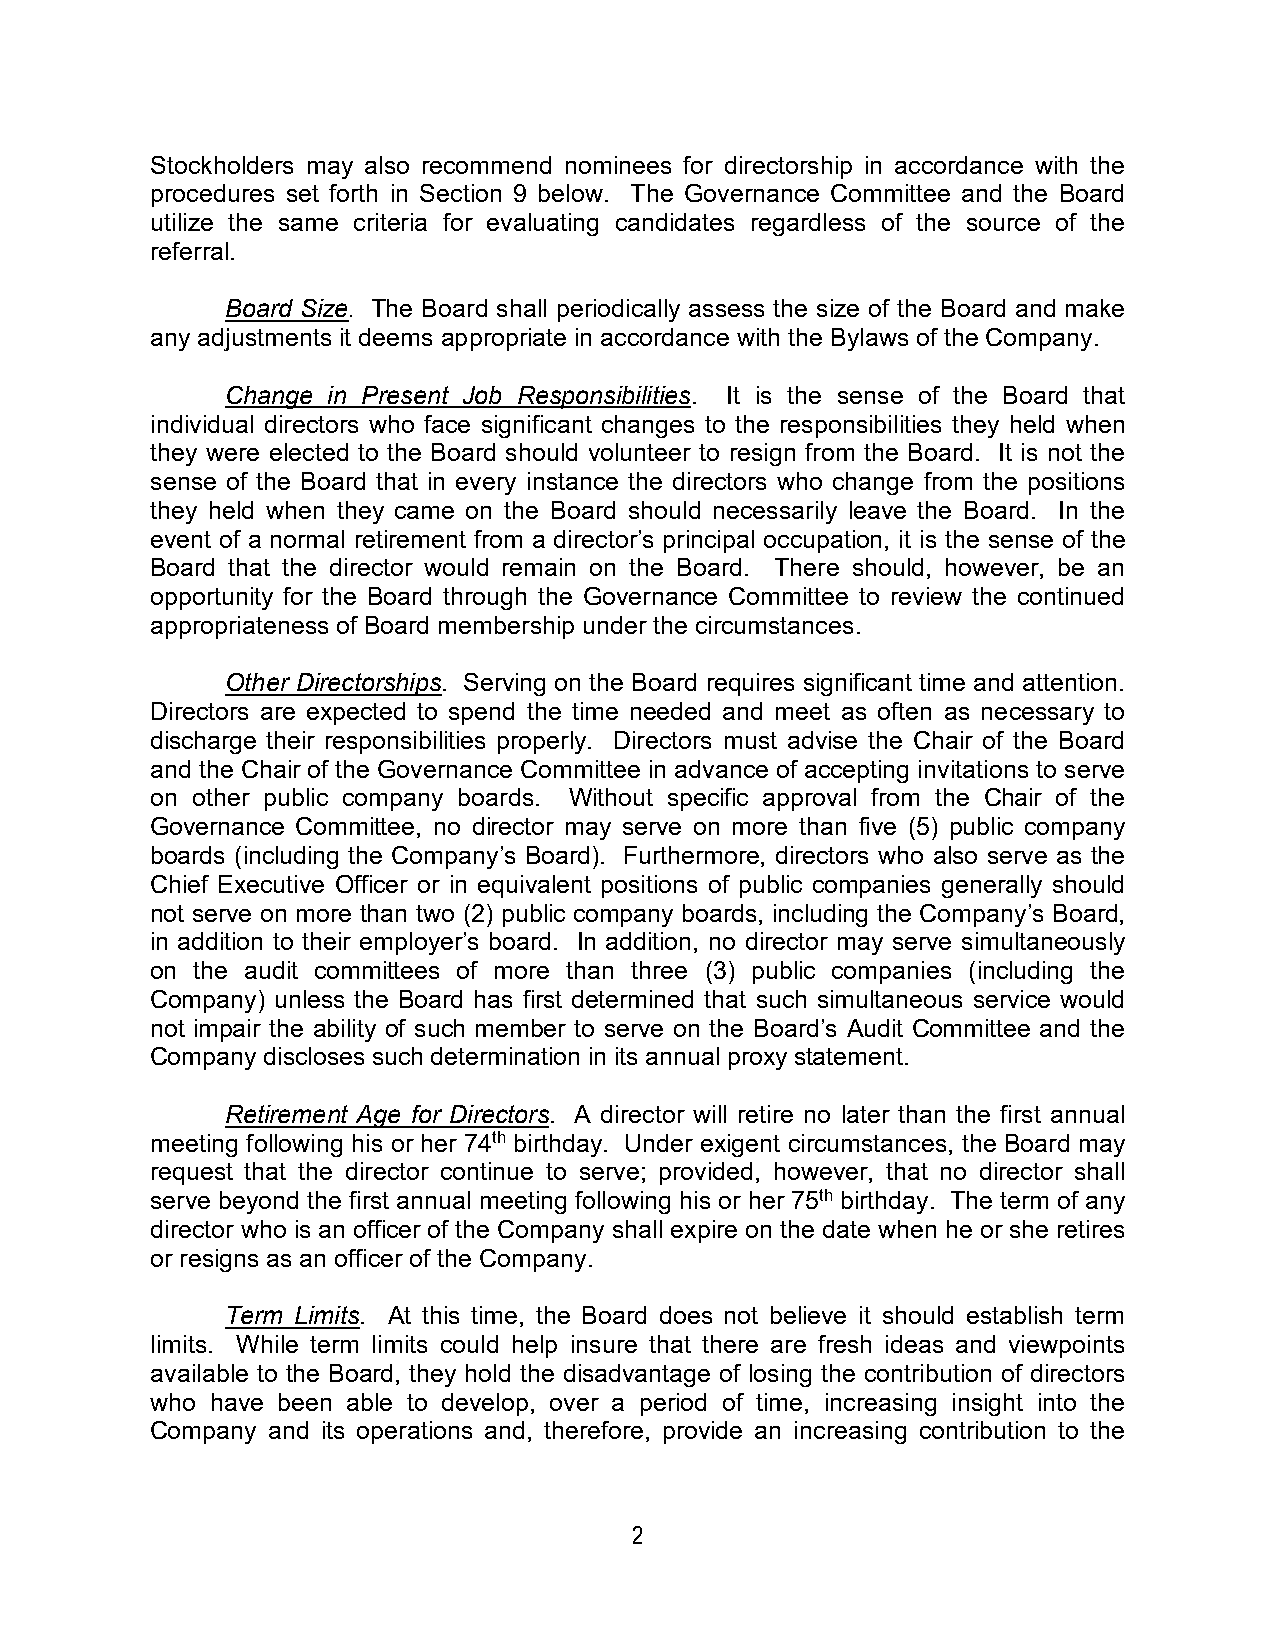
Stockholders may also recommend nominees for directorship in accordance with the
 procedures set forth in Section 9 below. The Governance Committee and the Board
 utilize the same criteria for evaluating candidates regardless of the source of the
 referral.
 Board Size. The Board shall periodically assess the size of the Board and make
 any adjustments it deems appropriate in accordance with the Bylaws of the Company.
 Change in Present Job Responsibilities. It is the sense of the Board that
 individual directors who face significant changes to the responsibilities they held when
 they were elected to the Board should volunteer to resign from the Board. It is not the
 sense of the Board that in every instance the directors who change from the positions
 they held when they came on the Board should necessarily leave the Board. In the
 event of a normal retirement from a director’s principal occupation, it is the sense of the
 Board that the director would remain on the Board. There should, however, be an
 opportunity for the Board through the Governance Committee to review the continued
 appropriateness of Board membership under the circumstances.
 Other Directorships. Serving on the Board requires significant time and attention.
 Directors are expected to spend the time needed and meet as often as necessary to
 discharge their responsibilities properly. Directors must advise the Chair of the Board
 and the Chair of the Governance Committee in advance of accepting invitations to serve
 on other public company boards. Without specific approval from the Chair of the
 Governance Committee, no director may serve on more than five (5) public company
 boards (including the Company’s Board). Furthermore, directors who also serve as the
 Chief Executive Officer or in equivalent positions of public companies generally should
 not serve on more than two (2) public company boards, including the Company’s Board,
 in addition to their employer’s board. In addition, no director may serve simultaneously
 on the audit committees of more than three (3) public companies (including the
 Company) unless the Board has first determined that such simultaneous service would
 not impair the ability of such member to serve on the Board’s Audit Committee and the
 Company discloses such determination in its annual proxy statement.
 Retirement Age for Directors. A director will retire no later than the first annual
 meeting following his or her 74th birthday. Under exigent circumstances, the Board may
 request that the director continue to serve; provided, however, that no director shall
 serve beyond the first annual meeting following his or her 75th birthday. The term of any
 director who is an officer of the Company shall expire on the date when he or she retires
 or resigns as an officer of the Company.
 Term Limits. At this time, the Board does not believe it should establish term
 limits. While term limits could help insure that there are fresh ideas and viewpoints
 available to the Board, they hold the disadvantage of losing the contribution of directors
 who have been able to develop, over a period of time, increasing insight into the
 Company and its operations and, therefore, provide an increasing contribution to the
 2